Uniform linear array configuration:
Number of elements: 4
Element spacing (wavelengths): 1
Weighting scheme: uniform
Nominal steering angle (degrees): -30
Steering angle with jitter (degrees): -31.327
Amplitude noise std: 0.05
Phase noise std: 0.05

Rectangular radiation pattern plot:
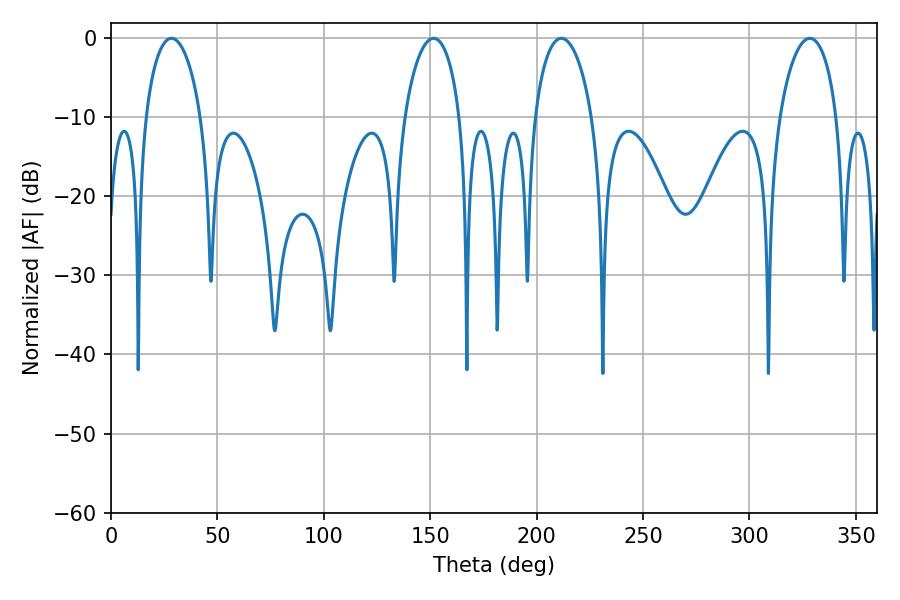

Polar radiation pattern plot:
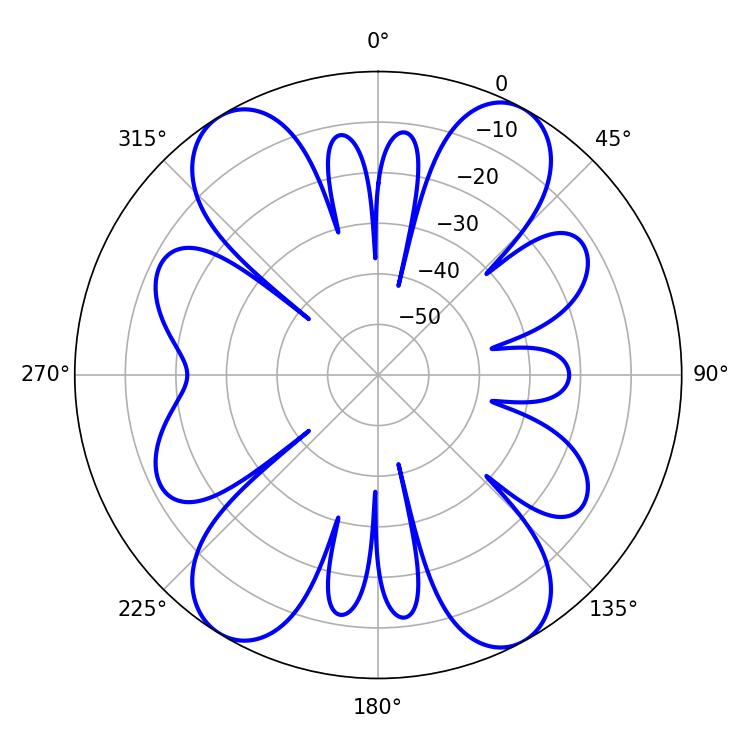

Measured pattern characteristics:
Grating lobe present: TRUE
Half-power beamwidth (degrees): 14.94
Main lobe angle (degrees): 28.44